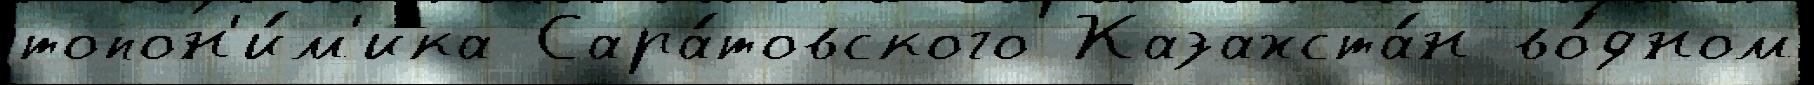
топон'и́м'ика Сара́товского Казахста́н во́дном